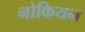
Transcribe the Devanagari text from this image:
नोकियन